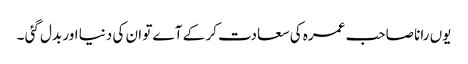
یوں رانا صاحب عمرہ کی سعادت کر کے آے تو ان کی دنیا اور بدل گئی ۔